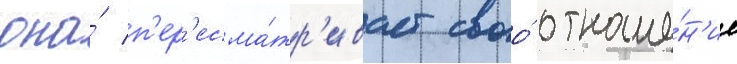
она́ п'ер'есма́тр'ивает своо́ отноше́н'ие